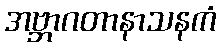
အဗ္ဘာဂတာနာသနကံ